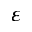
\varepsilon